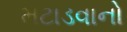
મટાડવાનો